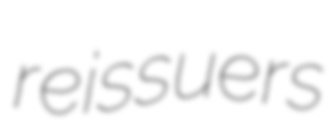
reissuers